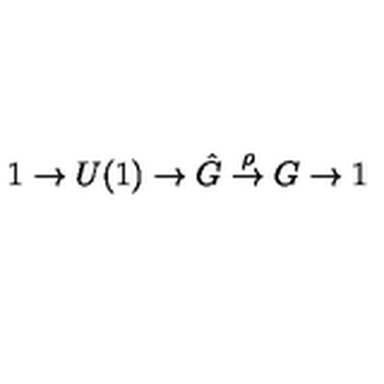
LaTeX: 1 \to U ( 1 ) \to \hat { G } \stackrel { \rho } { \to } G \to 1